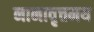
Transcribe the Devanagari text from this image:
नानावृत्तमय